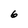
Character: 6